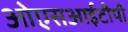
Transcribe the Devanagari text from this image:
ओएसआईटीपी